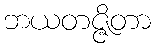
ဘယတဇ္ဇိတာ